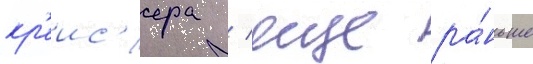
кр'еис'ера / еще ра́ньше